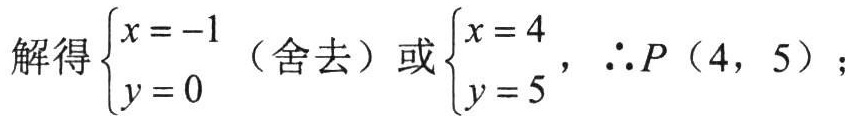
解得$\begin{cases}x = -1 \\ y = 0 \end{cases}$（舍去）或$\begin{cases}x = 4 \\ y = 5 \end{cases}$，$\therefore P(4,5)$；